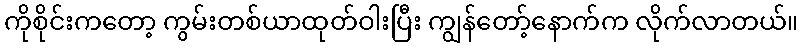
ကိုစိုင်းကတော့ ကွမ်းတစ်ယာထုတ်ဝါးပြီး ကျွန်တော့်နောက်က လိုက်လာတယ်။